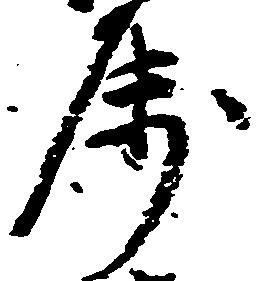
属